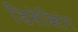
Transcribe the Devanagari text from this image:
डिसेक्टिंग